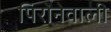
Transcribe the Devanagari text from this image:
पिरोनेवाली